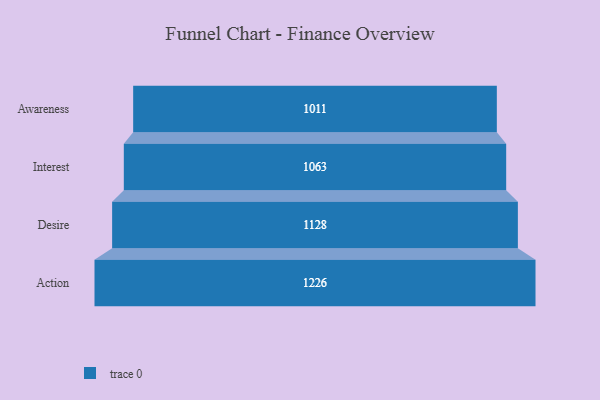
{"axis": {"x": "Stage", "y": "Value"}, "legend": [""], "data": [{"x": "Awareness", "y": 1011.0, "type": ""}, {"x": "Interest", "y": 1063.0, "type": ""}, {"x": "Desire", "y": 1128.0, "type": ""}, {"x": "Action", "y": 1226.0, "type": ""}]}